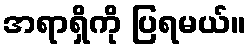
အရာရှိကို ပြရမယ်။